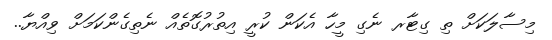
މިސާލަކަށް ތި ގިޓާރ ނެގި މީހާ އެކަން ކުރީ އިތުރުގޮތެއް ނެތިގެންކަމަށް ވިއްޔާ..